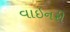
વાઇનરી